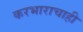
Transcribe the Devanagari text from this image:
करभाराचाही